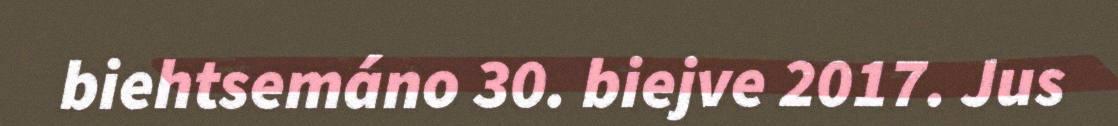
biehtsemáno 30. biejve 2017. Jus